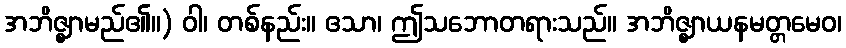
အဘိဇ္ဈာမည်၏။) ဝါ၊ တစ်နည်း။ ဧသာ၊ ဤသဘောတရားသည်။ အဘိဇ္ဈာယနမတ္တမေဝ၊